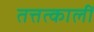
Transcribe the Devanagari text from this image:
तत्तत्कालीं